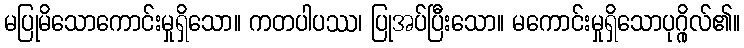
မပြုမိသောကောင်းမှုရှိသော။ ကတပါပဿ၊ ပြုအပ်ပြီးသော။ မကောင်းမှုရှိသောပုဂ္ဂိုလ်၏။